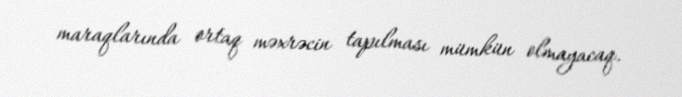
maraqlarında ortaq məxrəcin tapılması mümkün olmayacaq.